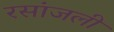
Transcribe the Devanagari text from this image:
रसांजली